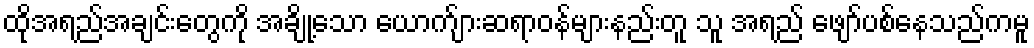
ထိုအရည်အချင်းတွေကို အချို့သော ယောက်ျားဆရာဝန်များနည်းတူ သူ အရည် ဖျော်ပစ်နေသည်ကမူ